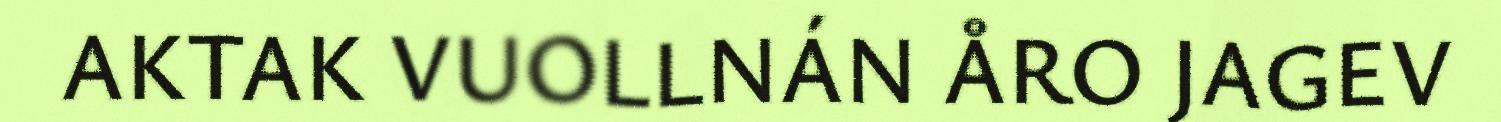
AKTAK VUOLLNÁN ÅRO JAGEV